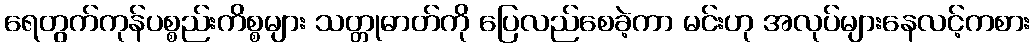
ရေတွက်ကုန်ပစ္စည်းကိစ္စများ သတ္တုဓာတ်ကို ပြေလည်စေခဲ့ကာ မင်းဟု အလုပ်များနေလင့်ကစား